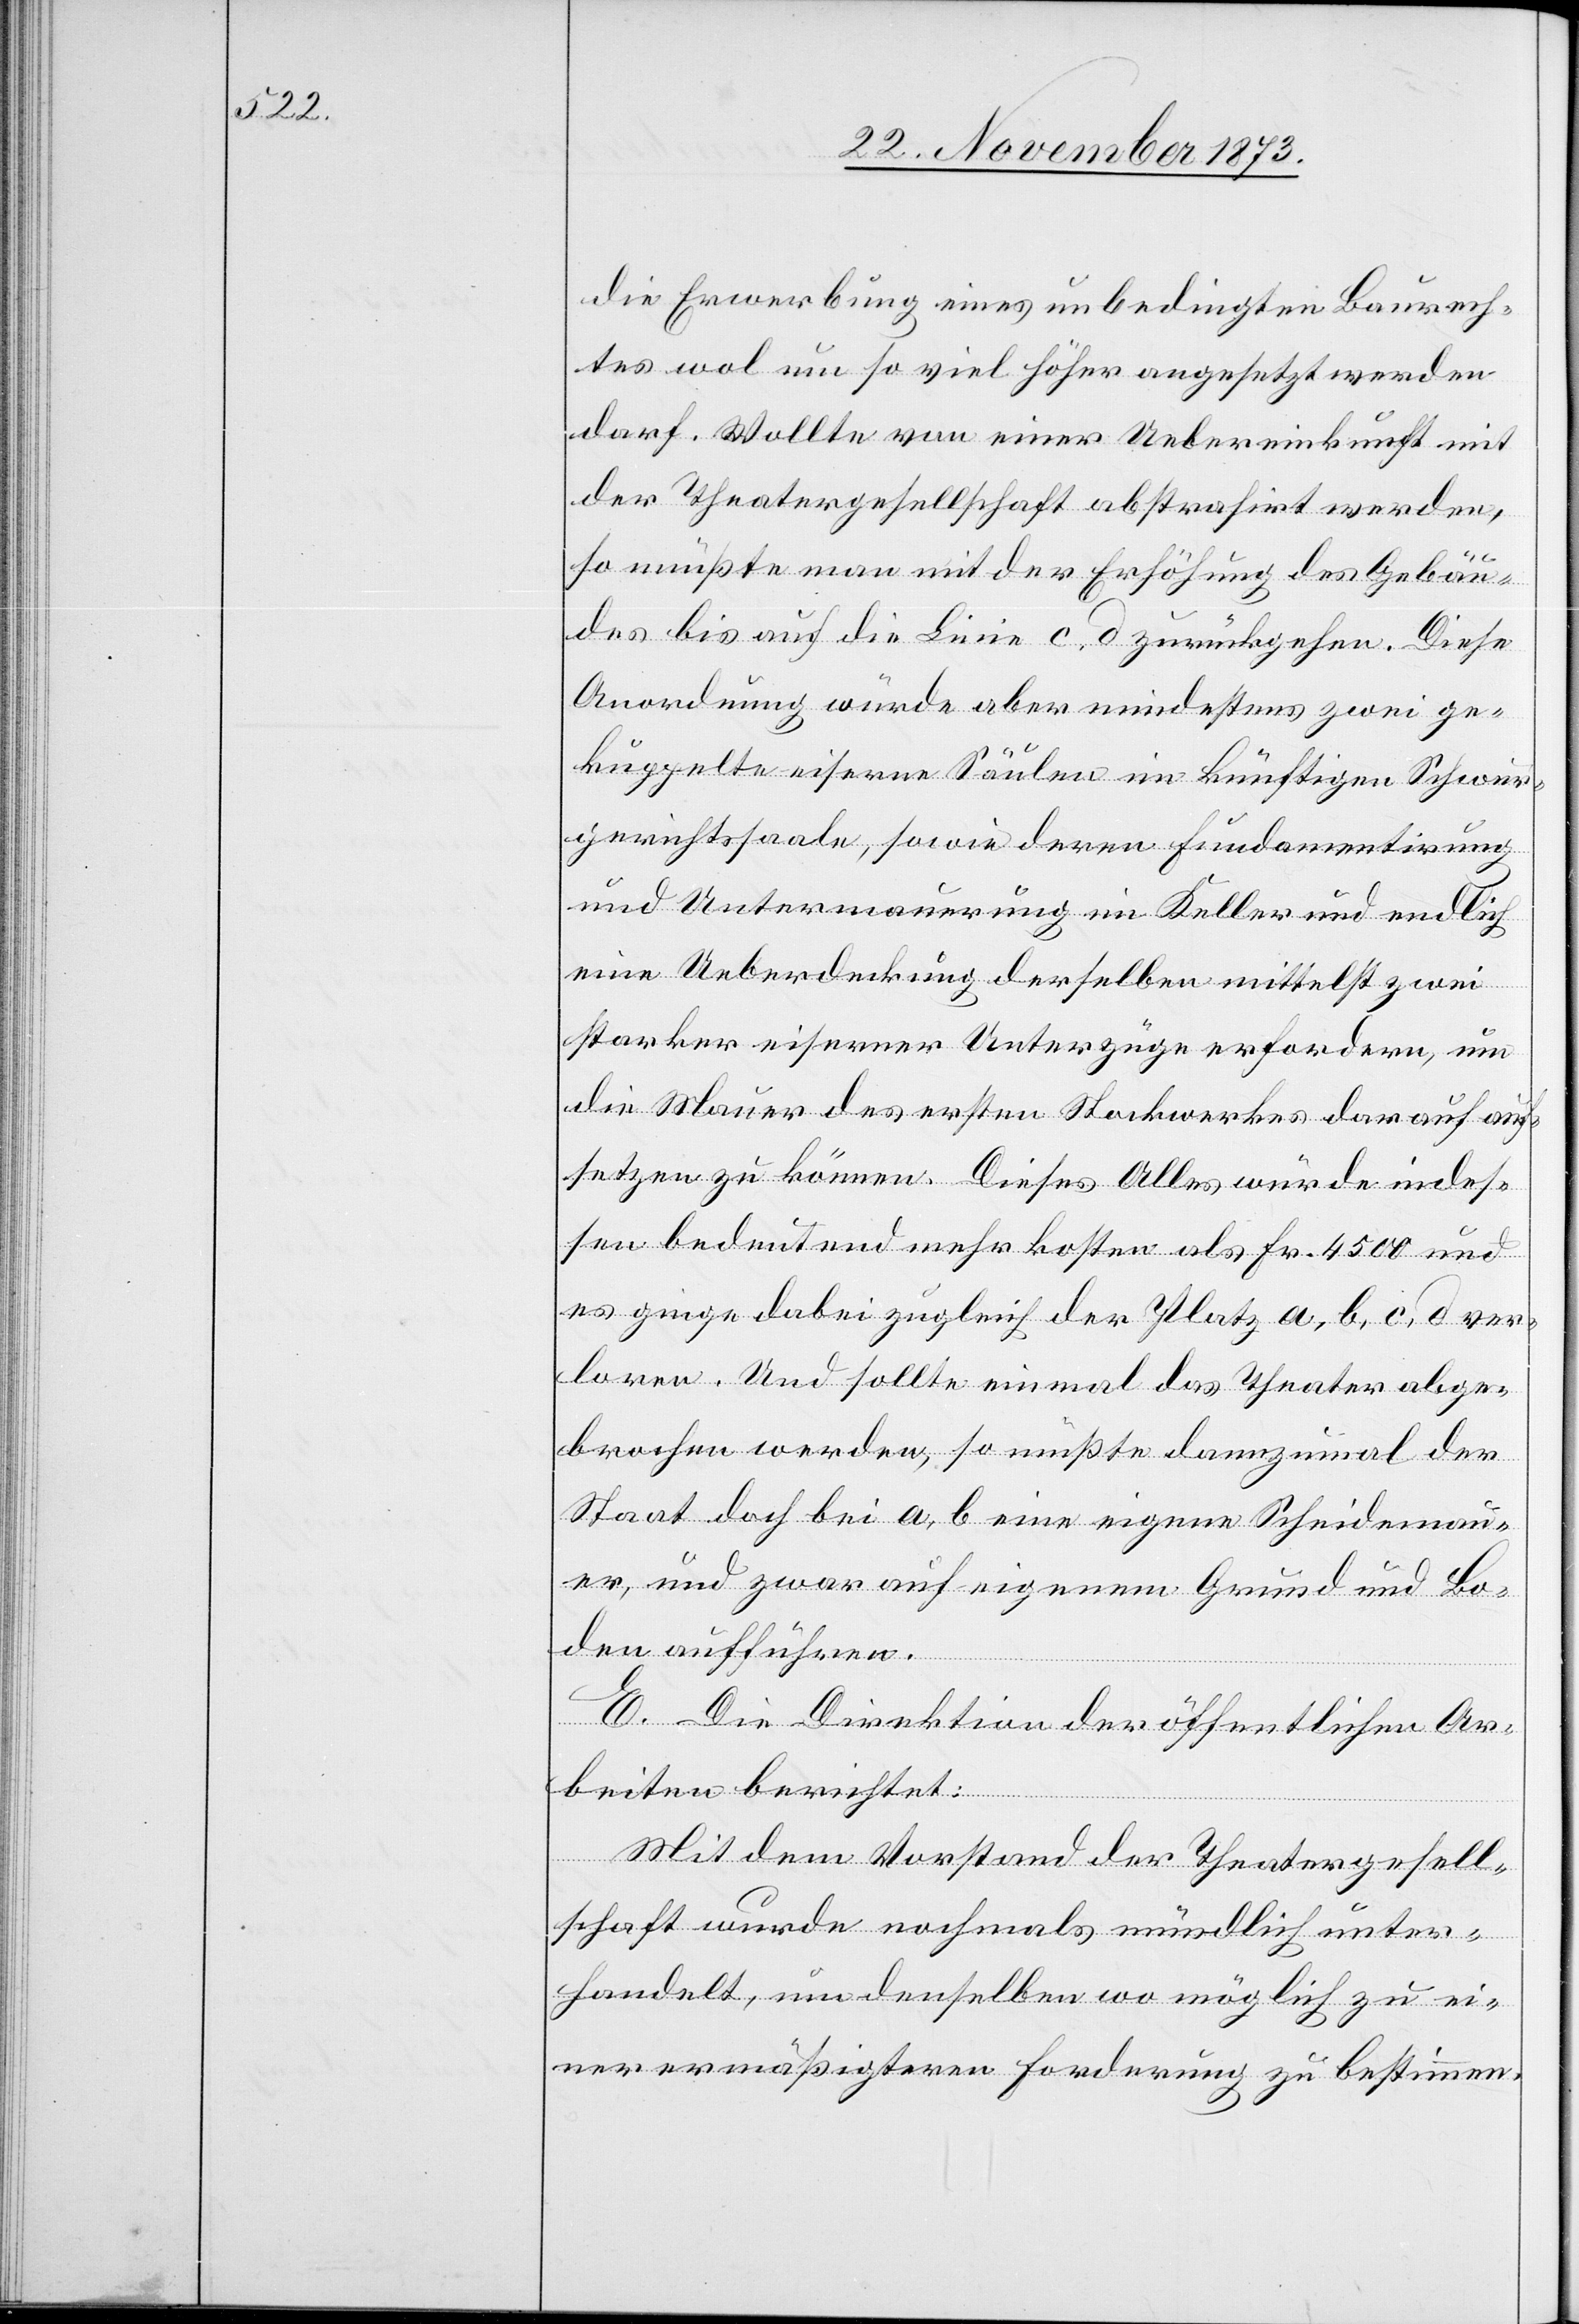
die Erwerbung eines unbedingten Baurech¬
tes wol um so viel höher angesetzt werden
darf. Wollte von einer Uebereinkunft mit
der Theatergesellschaft abstrahirt werden,
so müßte man mit der Erhöhung des Gebäu¬
des bis auf die Linie c, d zurückgehen. Diese
Anordnung würde aber mindestens zwei ge¬
kuppelte eiserne Säulen im künftigen Schwur¬
gerichtssaale, sowie deren Fundamentirung
und Untermauerung im Keller und endlich
eine Ueberdeckung derselben mittelst zwei
starker eiserner Unterzüge erfordern, um
die Mauer des ersten Stockwerkes darauf auf¬
setzen zu können. Dieses Alles würde indes¬
sen bedeutend mehr kosten als Fr. 4 500 und
es ginge dabei zugleich der Platz a, b, c, d ver¬
loren. Und sollte einmal das Theater abge¬
brochen werden, so müßte dannzumal der
Staat doch bei a, b eine eigene Scheidemau¬
er, und zwar auf eigenem Grund und Bo¬
den aufführen.
E. Die Direktion der öffentlichen Ar¬
beiten berichtete:
Mit dem Vorstand der Theatergesell¬
schaft wurde nochmals mündlich unter¬
handelt, um denselben wo möglich zu ei¬
ner ermäßigteren Forderung zu bestimmen.